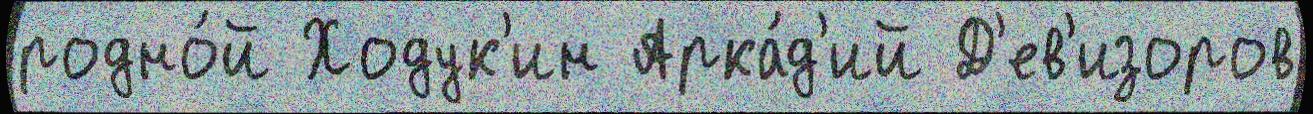
родно́й Ходук'ин Арка́д'ий Д'ев'изоров